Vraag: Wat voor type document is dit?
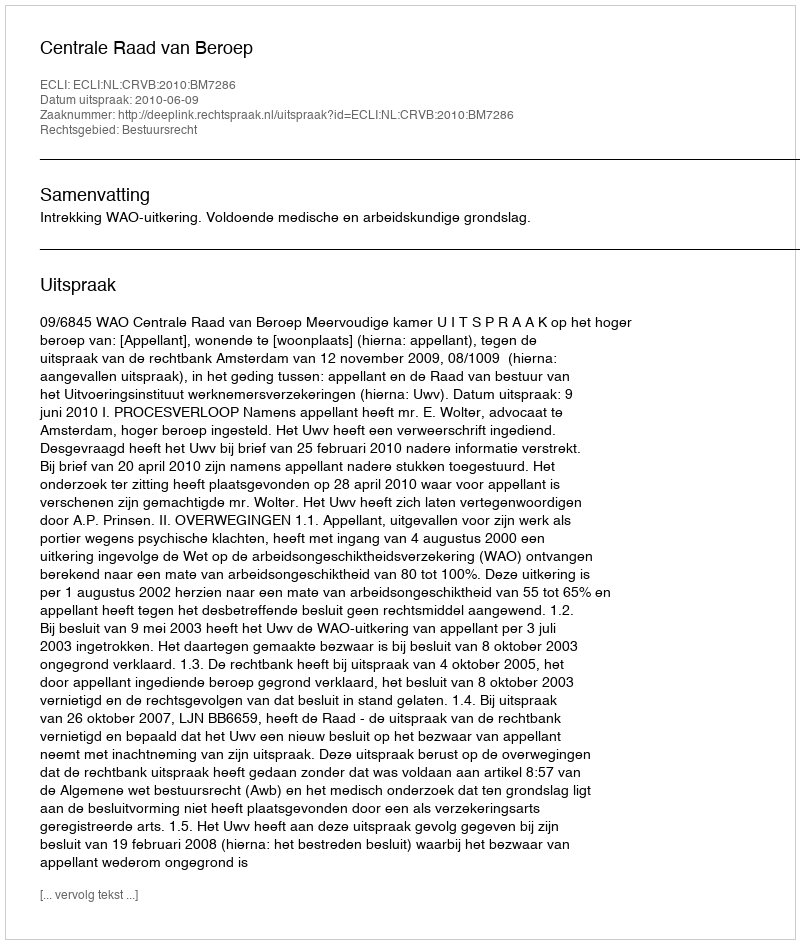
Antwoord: Uitspraak